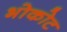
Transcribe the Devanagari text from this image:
भोकोट